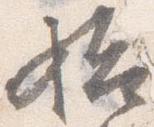
始